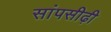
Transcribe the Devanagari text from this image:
सांपसीढ़ी